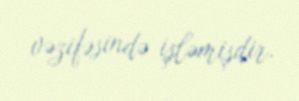
vəzifəsində işləmişdir.